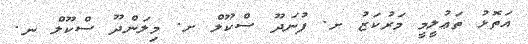
އަތޮޅު ތަޢުލީމީ މަރުކަޒު ށ. ފުނަދޫ ސްކޫލް ށ. މިލަންދޫ ސްކޫލް ނ.